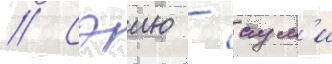
// Сэию - аум'и